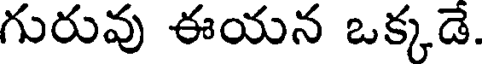
గురువు ఈయన ఒక్కడే.